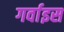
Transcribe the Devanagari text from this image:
गर्वाइस